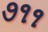
૭૧૧